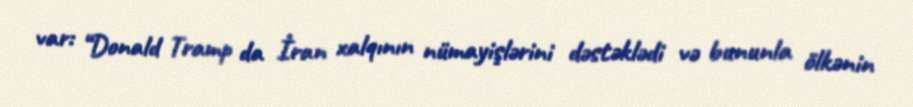
var: “Donald Tramp da İran xalqının nümayişlərini dəstəklədi və bununla ölkənin